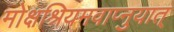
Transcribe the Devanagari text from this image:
मोक्षश्रियमवाप्नुयात्